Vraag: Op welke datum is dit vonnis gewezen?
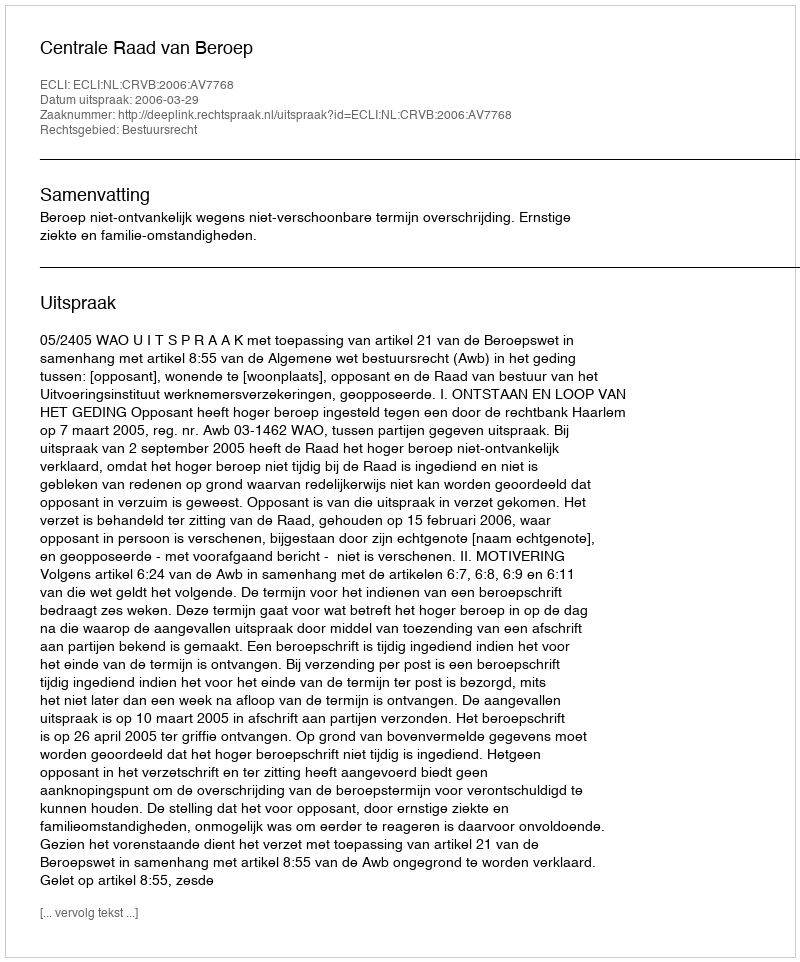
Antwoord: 2006-03-29